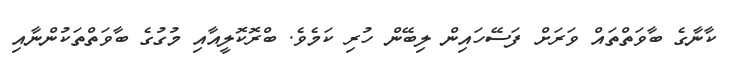
ކާނާގެ ބާވަތްތައް ވަރަށް ފަސޭހައިން ލިބޭން ހުރި ކަމެވެ. ބްރޮކޮލީއާއި މުގުގެ ބާވަތްތަކުންނާއި